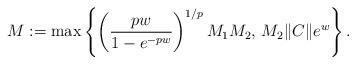
LaTeX: \begin{align*}M := \max \left\{\left(\frac{pw}{1-e^{-pw}}\right)^{1/p}M_1M_2,\,M_2 \|C\| e^{w}\right\}.\end{align*}